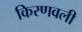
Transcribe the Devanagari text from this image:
किरणवली